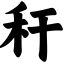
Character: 秆